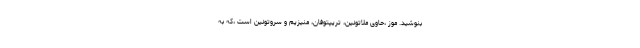
بنوشید. موز ،حاوی ملاتونین، تریپتوفان، منیزیم و سروتونین است ،که به